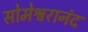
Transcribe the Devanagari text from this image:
सोमेश्वरानंद